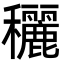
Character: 穲